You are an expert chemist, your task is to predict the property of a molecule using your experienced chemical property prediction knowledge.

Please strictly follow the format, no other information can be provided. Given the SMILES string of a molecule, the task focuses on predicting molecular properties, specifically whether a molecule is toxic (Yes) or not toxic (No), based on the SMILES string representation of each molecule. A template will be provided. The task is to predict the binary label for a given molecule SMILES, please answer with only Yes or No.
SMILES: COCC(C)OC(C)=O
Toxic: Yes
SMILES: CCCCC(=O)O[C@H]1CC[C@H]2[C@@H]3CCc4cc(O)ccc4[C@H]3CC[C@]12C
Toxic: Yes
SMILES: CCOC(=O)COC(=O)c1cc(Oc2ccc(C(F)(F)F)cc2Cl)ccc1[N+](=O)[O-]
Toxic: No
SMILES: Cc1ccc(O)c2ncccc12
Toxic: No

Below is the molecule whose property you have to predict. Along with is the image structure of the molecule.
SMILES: CCOc1ccc(/N=C(\C)Nc2ccc(OCC)cc2)cc1
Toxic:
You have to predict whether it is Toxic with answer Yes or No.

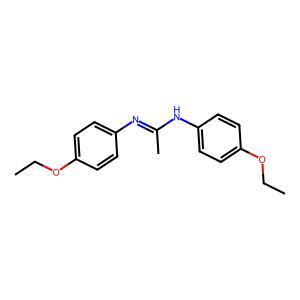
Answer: No